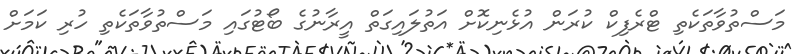
މަސްތުވާތަކެތި ޓްރެފިކް ކުރަން އުޅެނިކޮށް އަތުލައިގަތް އީރާނުގެ ބޯޓުގައި މަސްތުވާތަކެތި ހުރި ކަމަށް